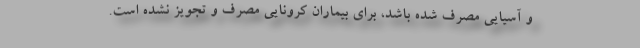
و آسیایی مصرف شده باشد، برای بیماران کرونایی مصرف و تجویز نشده است.